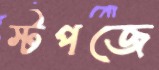
স্টপজে